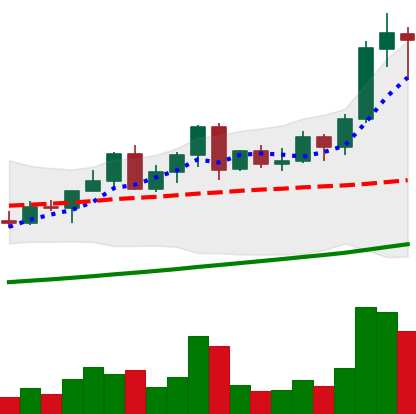
Ticker: LINK-USD
Chart end date: 2021-04-16
Forward return: -13.456%
Label: down_7plus